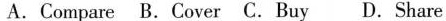
A. Compare B. Cover C. Buy D. Share